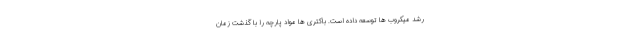
رشد میکروب ها توسعه داده است. باکتری ها مواد پارچه را با گذشت زمان